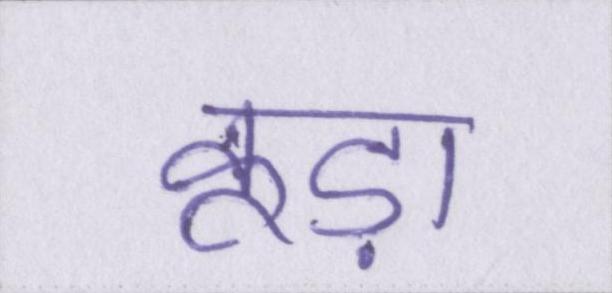
कूड़ा